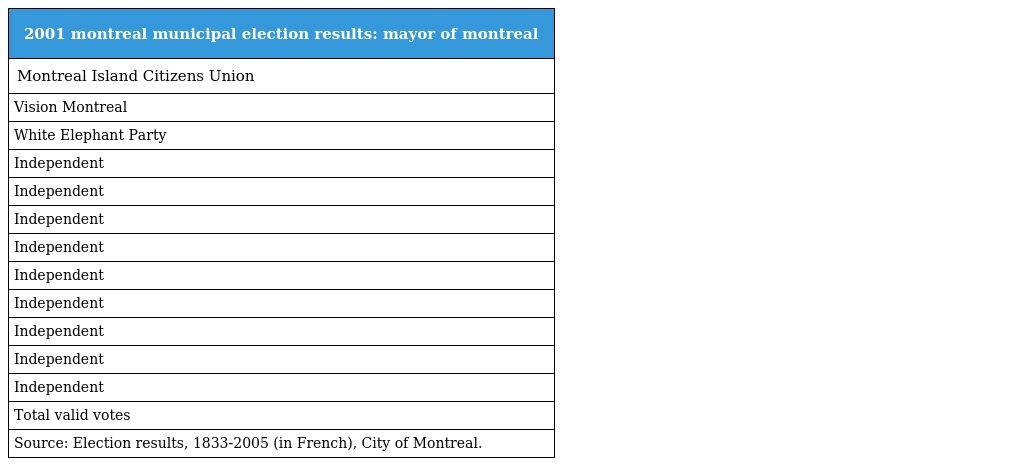
| 2001 montreal municipal election results: mayor of montreal |
 | --- |
 | Montreal Island Citizens Union |
 | Vision Montreal |
 | White Elephant Party |
 | Independent |
 | Independent |
 | Independent |
 | Independent |
 | Independent |
 | Independent |
 | Independent |
 | Independent |
 | Independent |
 | Total valid votes |
 | Source: Election results, 1833-2005 (in French), City of Montreal. |